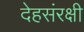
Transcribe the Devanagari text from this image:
देहसंरक्षी